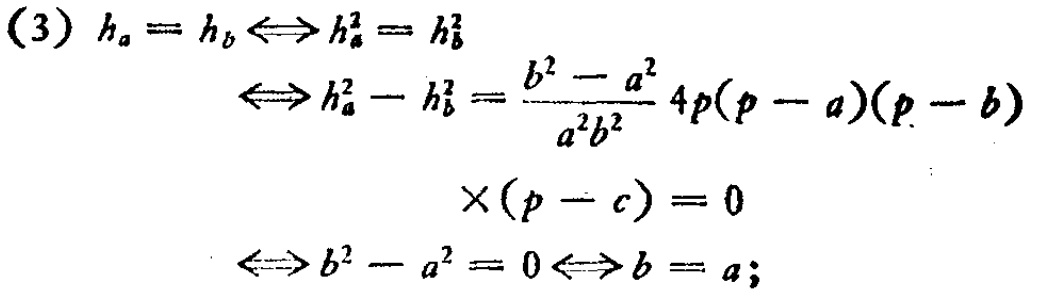
(3) \(h_{a}=h_{b}\Leftrightarrow h_{a}^{2}=h_{b}^{2}\)

\(\Leftrightarrow h_{a}^{2}-h_{b}^{2}=\frac{b^{2}-a^{2}}{a^{2}b^{2}}4p(p - a)(p - b)\)

\(\times(p - c)=0\)

\(\Leftrightarrow b^{2}-a^{2}=0\Leftrightarrow b = a;\)